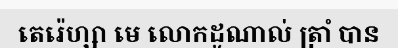
តេរ៉េហ្សា មេ លោកដូណាល់ ត្រាំ បាន